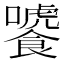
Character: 𩞂